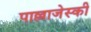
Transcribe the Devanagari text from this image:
पाल्लाजेस्की